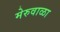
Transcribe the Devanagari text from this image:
मेरुवाळा